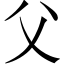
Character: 父